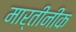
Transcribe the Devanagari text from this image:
मार्तीनीक